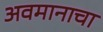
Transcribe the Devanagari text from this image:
अवमानाचा